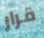
قرار